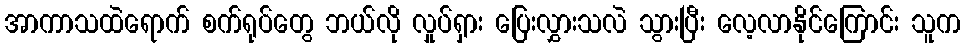
အာကာသထဲရောက် စက်ရုပ်တွေ ဘယ်လို လှုပ်ရှား ပြေးလွှားသလဲ သွားပြီး လေ့လာနိုင်ကြောင်း သူက